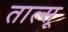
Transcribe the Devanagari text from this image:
तात्सू